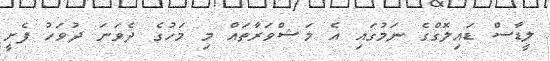
ލީޑާސް ޑައިލޮގްގެ ނަމުގައި އެ މަޝްވަރާތައް މި މަހުގެ ދެވަނަ ދުވަހު ފެށީ